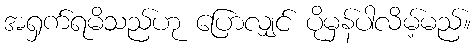
အရှက်ရမိသည်ဟု ပြောလျှင် ပိုမှန်ပါလိမ့်မည်။